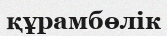
құрамбөлік